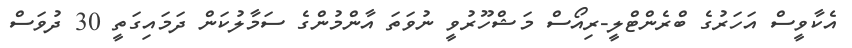
އެކާވީސް އަހަރުގެ ބްރެންޓްލީ-ރިއޯސް މަޝްހޫރުވީ ނުވަތަ އާންމުންގެ ސަމާލުކަން ދަމައިގަތީ 30 ދުވަސް